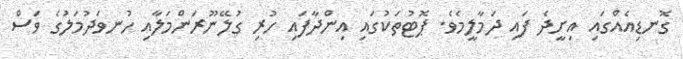
ގޮނޑިއެއްގައި އިށީދެ ފައި ދަމާލީމެވެ. ޕޮޓުތަކުގައި އިންދާފައި ހުރި ގުލޭނޫރަންމަލާއި ހުނވަދުމަލުގެ ވަސް